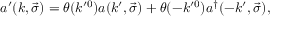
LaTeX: a ^ { \prime } ( k , \vec { \sigma } ) = \theta ( k ^ { \prime 0 } ) a ( k ^ { \prime } , \vec { \sigma } ) + \theta ( - k ^ { \prime 0 } ) a ^ { \dagger } ( - k ^ { \prime } , \vec { \sigma } ) ,